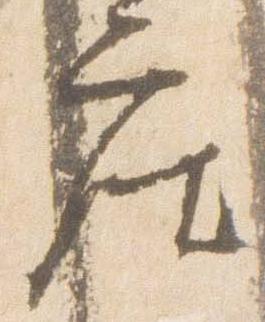
座